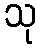
သု